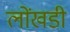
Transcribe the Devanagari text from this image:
लोंखडी